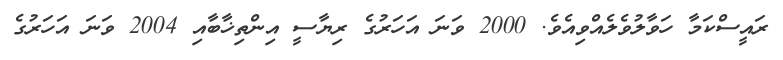
ރައީސްކަމާ ހަވާލުވެލެއްވިއެވެ. 2000 ވަނަ އަހަރުގެ ރިޔާސީ އިންތިޚާބާއި 2004 ވަނަ އަހަރުގެ